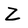
Character: Z